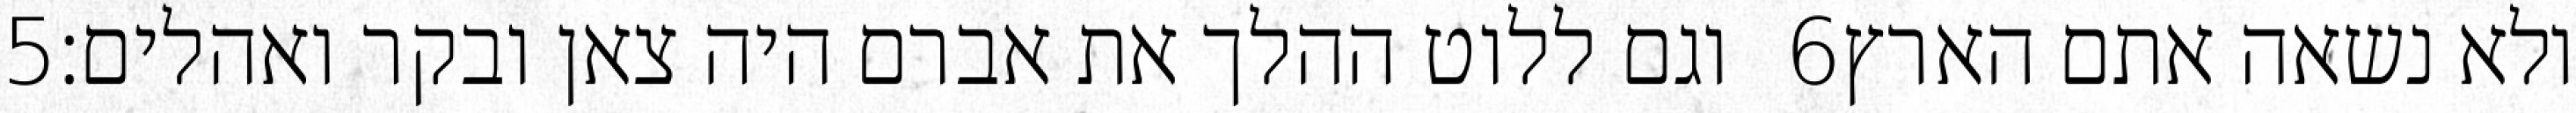
‎5‏ וגם ללוט ההלך את אברם היה צאן ובקר ואהלים׃ ‎6‏ ולא נשאה אתם הארץ